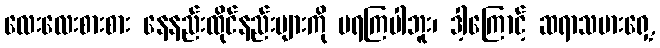
လေးလေးစားစား နေနည်းထိုင်နည်းများကို မရကြပါဘူး၊ ဒါ့ကြောင့် ဆရာသမားရှေ့,